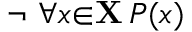
\lnot \ \forall { x } { \in } \mathbf { X } \, P ( x )